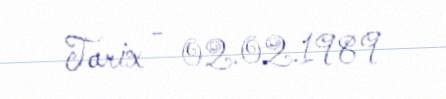
Tarix - 02.02.1989